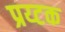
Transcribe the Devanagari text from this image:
प्रय्टक